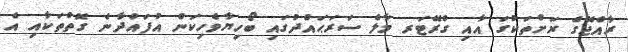
ރާއްޖޭގެ ރަށްތަކުގަ އާއި ގްރޭޓަރ މާލެ ސަރަޙައްދުގައި ބޯހިޔާވެހިކަން އުފައްދާނެ ގޮތްތަކާއި އެ